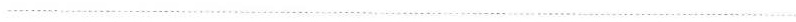
___